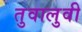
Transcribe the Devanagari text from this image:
तुवालुवी